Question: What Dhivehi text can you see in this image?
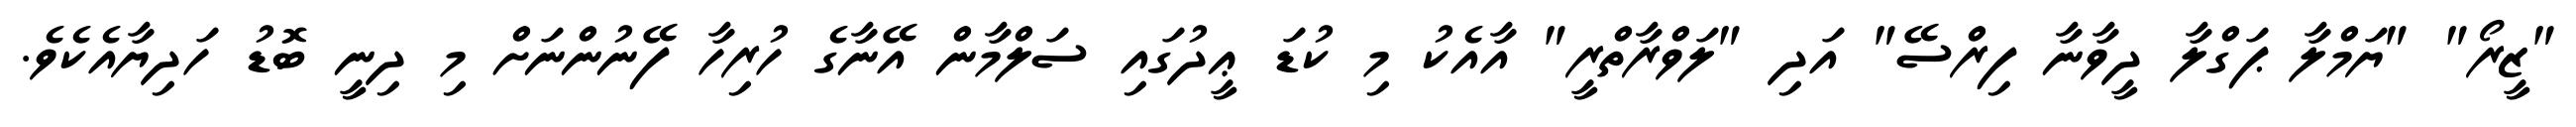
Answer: "ޒީރޯ" "ޔަމްލާ ޕަގްލާ ދީވާނާ ފިރްސޭ" އަދި "ލަވްރާތްރީ" އާއެކު މި ކުޑަ ޢީދުގައި ސަލްމާން އޭނާގެ ހުރިހާ ފޭނުންނަށް މި ދިނީ ބޮޑު ހަދިޔާއެކެވެ.